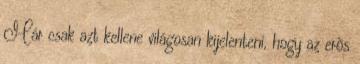
Már csak azt kellene világosan kijelenteni, hogy az erõs